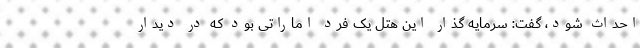
احداث شود، گفت: سرمایه گذار این هتل یک فرد اماراتی بود که در دیدار